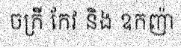
ចក្រី កែវ និង ឧកញ៉ា